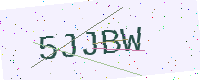
Text: 5JJBW